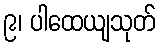
၉၊ ပါထေယျသုတ်